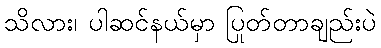
သိလား၊ ပါဆင်နယ်မှာ ပြုတ်တာချည်းပဲ